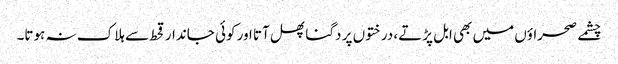
چشمے صحراؤں میں بھی ابل پڑتے، درختوں پر دگنا پھل آتا اور کوئی جاندار قحط سے ہلاک نہ ہوتا۔